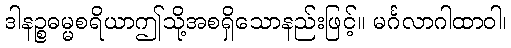
ဒါနဉ္စဓမ္မစရိယာဤသို့အစရှိသောနည်းဖြင့်။ မင်္ဂလာဂါထာဝါ၊